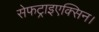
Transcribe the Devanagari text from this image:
सेफट्राइएक्सिन।